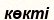
көкті